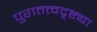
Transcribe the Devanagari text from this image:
पुरातत्त्वदृष्ट्या